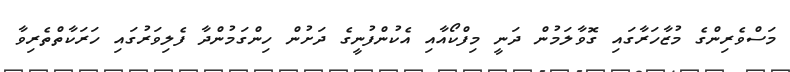
މަސްވެރިންގެ މުޒާހަރާގައި ގޮވާލަމުން ދަނީ މިފްކޯއާއި އެކުންފުނީގެ ދަށުން ހިންގަމުންދާ ފެލިވަރުގައި ހަރަކާތްތެރިވާ